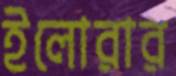
ইলোরার